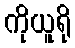
ကိုယူရို